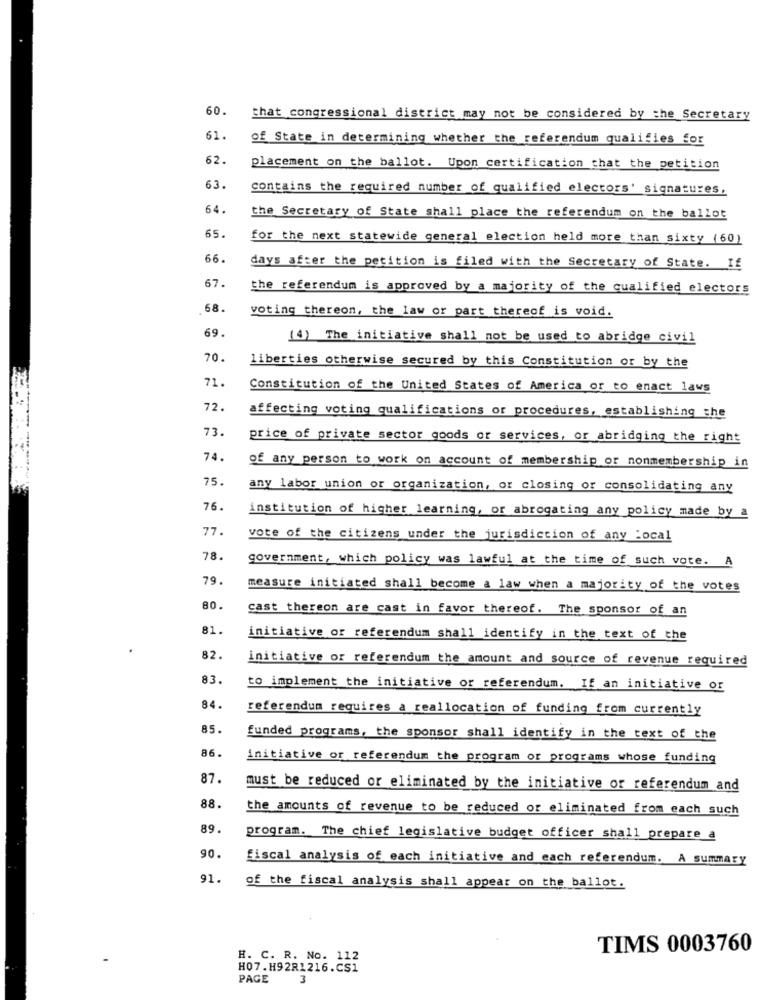
60.
that congressional district may not be considered by the Secretary
61.
of State in determining whether the referendum qualifies for
62.
placement on the ballot. Upon certification that the petition
63.
contains the required number of qualified electors' signatures.
64
the Secretary of State shall place the referendum on the ballot
65.
for the next statewide general election held more than sixty (60)
66.
days after the petition is filed with the Secretary of State. If
67.
the referendum is approved by a majority of the qualified electors
68.
voting thereon, the law or part thereof is void.
69.
(4) The initiative shall not be used to abridge civil
70.
liberties otherwise secured by this Constitution or by the
71.
Constitution of the United States of America or to enact laws
72.
affecting voting qualifications or procedures, establishing the
73.
price of private sector goods or services, or abridging the right
74.
of any person to work on account of membership or nonmembership in
75.
any labor union or organization, or closing or consolidating any
76.
institution of higher learning, or abrogating any policy made by a
77.
vote of the citizens under the jurisdiction of any Local
78.
government, which policy was lawful at the time of such vote. A
79.
measure initiated shall become a law when a majority of the votes
80.
cast thereon are cast in favor thereof. The sponsor of an
81.
initiative or referendum shall identify in the text of the
82.
initiative or referendum the amount and source of revenue required
83.
to implement the initiative or referendum. If an initiative or
84.
referendum requires a reallocation of funding from currently
85.
funded programs, the sponsor shall identify in the text of the
86.
initiative or referendum the program or programs whose funding
87.
must be reduced or eliminated by the initiative or referendum and
88.
the amounts of revenue to be reduced or eliminated from each such
89.
program. The chief legislative budget officer shall prepare a
90.
fiscal analysis of each initiative and each referendum. A summary
91.
of the fiscal analysis shall appear on the ballot.
TIMS 0003760
H. C. R. No. 112
H07.H92R1216.CS1
PAGE
3